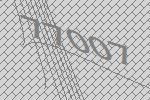
77007